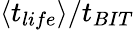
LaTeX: \langle t_{life}\rangle/t_{BIT}